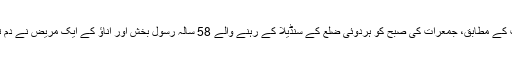
رپورٹ کے مطابق، جمعرات کی صبح کو ہردوئی ضلع کے سنڈیلا کے رہنے والے 58 سالہ رسول بخش اور اناؤ کے ایک مریض نے دم توڑ دیا۔